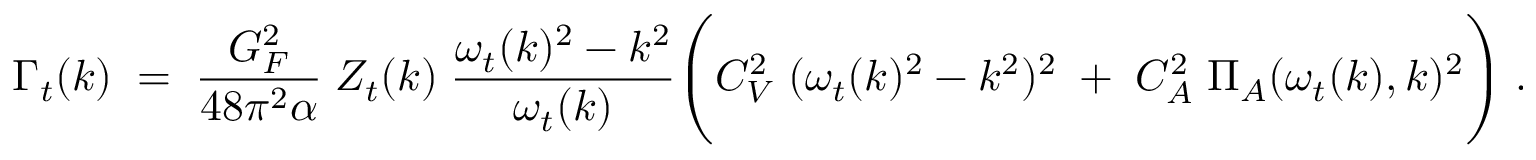
{ \Gamma _ { t } ( k ) \; = \; { \frac { G _ { F } ^ { 2 } } { 4 8 \pi ^ { 2 } \alpha } } \; Z _ { t } ( k ) \; { \frac { \omega _ { t } ( k ) ^ { 2 } - k ^ { 2 } } { \omega _ { t } ( k ) } } \Bigg ( C _ { V } ^ { 2 } \; ( \omega _ { t } ( k ) ^ { 2 } - k ^ { 2 } ) ^ { 2 } \; + \; C _ { A } ^ { 2 } \; \Pi _ { A } ( \omega _ { t } ( k ) , k ) ^ { 2 } \Bigg ) \; . }